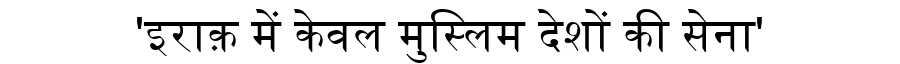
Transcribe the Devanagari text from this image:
'इराक़ में केवल मुस्लिम देशों की सेना'